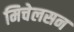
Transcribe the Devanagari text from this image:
मिचेलसन